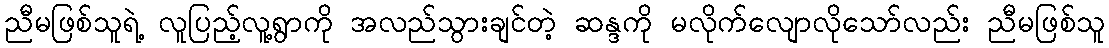
ညီမဖြစ်သူရဲ့ လူပြည့်လူ့ရွာကို အလည်သွားချင်တဲ့ ဆန္ဒကို မလိုက်လျောလိုသော်လည်း ညီမဖြစ်သူ